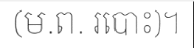
(ម.ព. របោះ)។